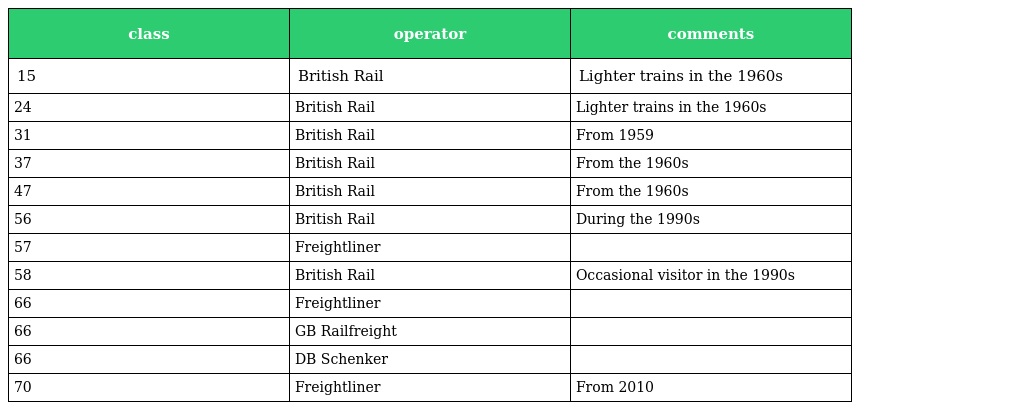
| class | operator | comments |
 | --- | --- | --- |
 | 15 | British Rail | Lighter trains in the 1960s |
 | 24 | British Rail | Lighter trains in the 1960s |
 | 31 | British Rail | From 1959 |
 | 37 | British Rail | From the 1960s |
 | 47 | British Rail | From the 1960s |
 | 56 | British Rail | During the 1990s |
 | 57 | Freightliner |  |
 | 58 | British Rail | Occasional visitor in the 1990s |
 | 66 | Freightliner |  |
 | 66 | GB Railfreight |  |
 | 66 | DB Schenker |  |
 | 70 | Freightliner | From 2010 |